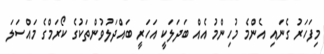
މިފަހަރު ގެނައި އެންމެ މުހިންމު އެއް ބަދަލަކީ އަހަރީ ބައްދަލުވުންތަކުގެ ކޯރަމްގެ މައްސަލަ